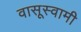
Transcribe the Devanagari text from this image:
वासूस्वामी